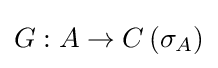
G:A\to C\left(\sigma _{A}\right)